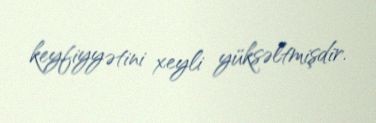
keyfiyyətini xeyli yüksəltmişdir.